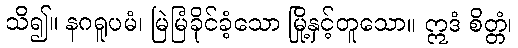
သိ၍။ နဂရူပမံ၊ မြဲမြံခိုင်ခံ့သော မြို့နှင့်တူသော။ ဣဒံ စိတ္တံ၊